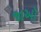
જાઑ